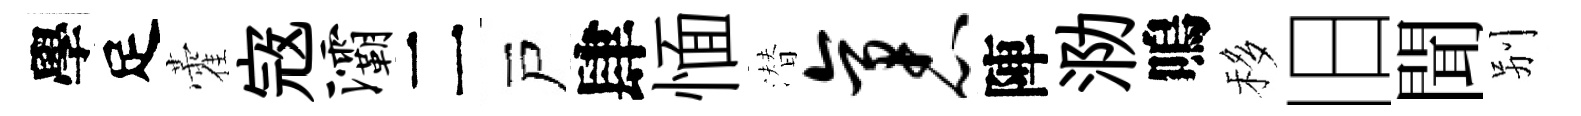
學足藿𡨥灞二戸肆愐潜袤陣泐嗚移旧聞别